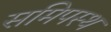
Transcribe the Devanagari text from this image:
समिपस्थ